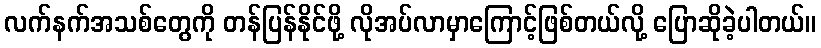
လက်နက်အသစ်တွေကို တန်ပြန်နိုင်ဖို့ လိုအပ်လာမှာကြောင့်ဖြစ်တယ်လို့ ပြောဆိုခဲ့ပါတယ်။